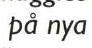
 på nya